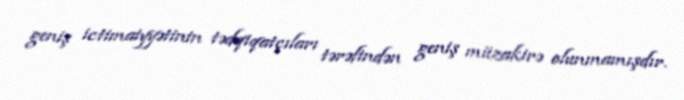
geniş ictimaiyyətinin tədqiqatçıları tərəfindən geniş müzakirə olunmamışdır.